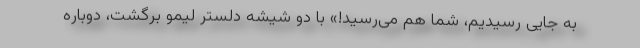
به جایی رسیدیم، شما هم می‌رسید!» با دو شیشه دلستر لیمو برگشت، دوباره